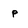
Character: P